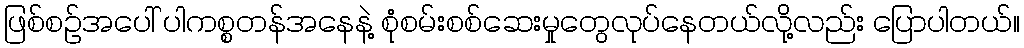
ဖြစ်စဉ်အပေါ် ပါကစ္စတန်အနေနဲ့ စုံစမ်းစစ်ဆေးမှုတွေလုပ်နေတယ်လို့လည်း ပြောပါတယ်။